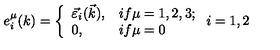
e _ { i } ^ { \mu } ( k ) = \left\{ \begin{array} { l l } { \vec { \varepsilon } _ { i } ( \vec { k } ) , } & { i f \mu = 1 , 2 , 3 ; } \\ { 0 , } & { i f \mu = 0 } \\ \end{array} \right. i = 1 , 2